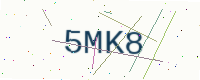
Text: 5MK8